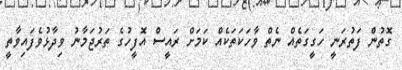
ގޮތުން ފަތުރަނީ ހަގީގަތެއް ނެތް ވާހަކަތަކެއް ކަމަށް ރައީސް އޮފީހުގެ ތަރުޖަމާނު ވިދާޅުވެފައިވާތީ